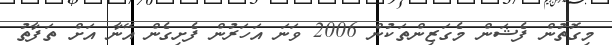
މިގޮތުން ފެޝަން މެގަޒިންތަކުން 2006 ވަނަ އަހަރުން ފެށިގެން އޭނާ އަށް ތަފާތު